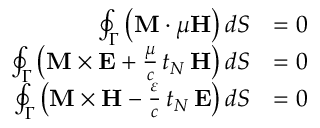
{ \begin{array} { r l } { \oint _ { \Gamma } \left( \mathbf { M } \cdot \mu \mathbf { H } \right) d S } & { = 0 } \\ { \oint _ { \Gamma } \left( \mathbf { M } \times \mathbf { E } + { \frac { \mu } { c } } \, t _ { N } \, \mathbf { H } \right) d S } & { = 0 } \\ { \oint _ { \Gamma } \left( \mathbf { M } \times \mathbf { H } - { \frac { \varepsilon } { c } } \, t _ { N } \, \mathbf { E } \right) d S } & { = 0 } \end{array} }